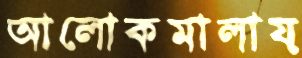
আলোকমালায়